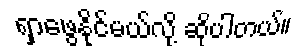
ရှာဖွေနိုင်မယ်လို့ ဆိုပါတယ်။